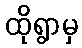
ထိုရွာမှ